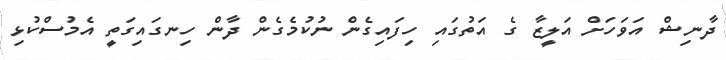
ދާނިޝް އަވަހަށް އަލީޒާ ގެ އަތުގައި ހިފައިގެން ނުކުމެގެން ދާން ހިނގައިގަތީ އެމުސްކުޅި